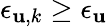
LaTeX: \epsilon_{{\mathbf u},k}\ge\epsilon_{{\mathbf u}}